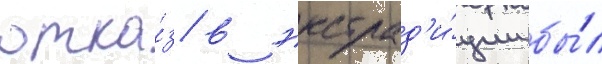
отка́з в экстрад'и́ции бы́л